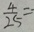
\frac { 4 } { 2 5 } =